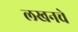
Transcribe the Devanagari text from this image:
लखनचे